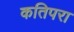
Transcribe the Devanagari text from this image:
कतिपरा